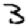
Digit: 3